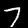
Digit: 7